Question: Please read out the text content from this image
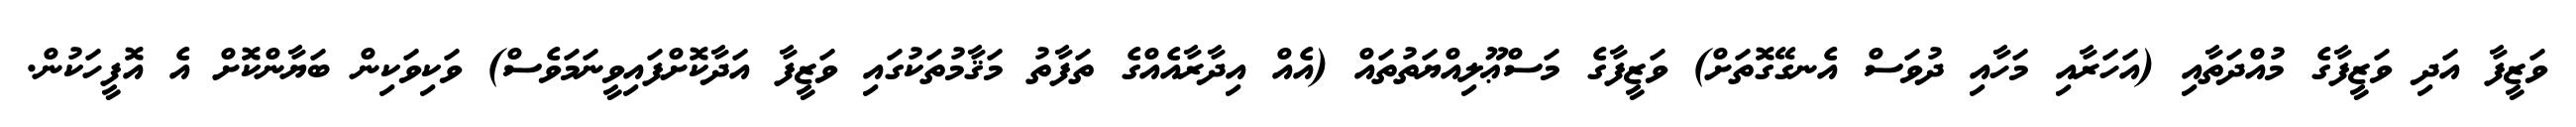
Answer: ވަޒީފާ އަދި ވަޒީފާގެ މުއްދަތާއި (އަހަރާއި މަހާއި ދުވަސް އެނގޭގޮތަށް) ވަޒީފާގެ މަސްޢޫލިއްޔަތުތައް (އެއް އިދާރާއެއްގެ ތަފާތު މަޤާމުތަކުގައި ވަޒީފާ އަދާކޮށްފައިވީނަމަވެސް) ވަކިވަކިން ބަޔާންކޮށް އެ އޮފީހަކުން.